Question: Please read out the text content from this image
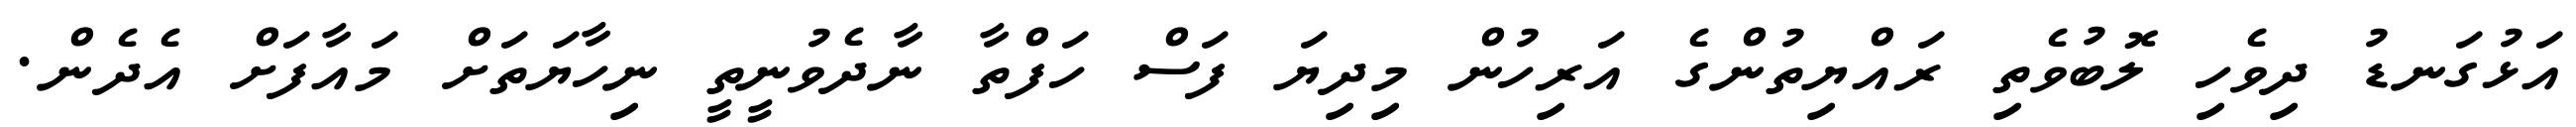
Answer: އަޅުގަނޑު ދިވެހި ލޮބުވެތި ރައްޔިތުންގެ އަރިހުން މިދިޔަ ފަސް ހަފްތާ ނާދެވުނީތީ ނިހާޔަތަށް މައާފަށް އެދެން.